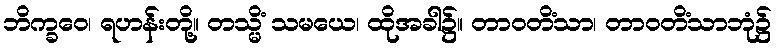
ဘိက္ခဝေ၊ ရဟန်းတို့။ တသ္မိံ သမယေ၊ ထိုအခါ၌။ တာဝတိံသာ၊ တာဝတိံသာဘုံ၌